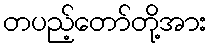
တပည့်တော်တို့အား